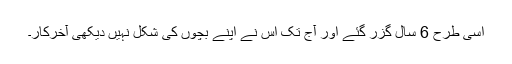
اسی طرح 6 سال گزر گئے اور آج تک اس نے اپنے بچوں کی شکل نہیں دیکھی آخرکار۔